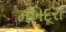
મખદૂરા